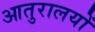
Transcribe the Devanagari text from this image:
आतुरालयों